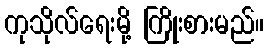
ကုသိုလ်ရေးမို့ ကြိုးစားမည်။